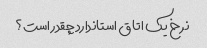
نرخ یک اتاق استاندارد چقدر است؟